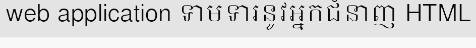
web application ទាមទារនូវអ្នកជំនាញ HTML